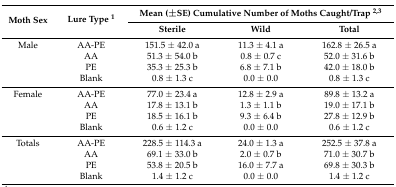
| <ROWSPAN=2> Moth Sex | <ROWSPAN=2> Lure Type 1 | <COLSPAN=3> Mean (±SE) Cumulative Number of Moths Caught/Trap 2,3 |
 | Sterile | Wild | Total |
 | --- | --- | --- | --- | --- |
 | Male | AA-PE | 151.5 ± 42.0 a | 11.3 ± 4.1 a | 162.8 ± 26.5 a |
 |  | AA | 51.3 ± 54.0 b | 0.8 ± 0.7 c | 52.0 ± 31.6 b |
 |  | PE | 35.3 ± 25.3 b | 6.8 ± 7.1 b | 42.0 ± 18.0 b |
 |  | Blank | 0.8 ± 1.3 c | 0.0 ± 0.0 | 0.8 ± 1.3 c |
 | Female | AA-PE | 77.0 ± 23.4 a | 12.8 ± 2.9 a | 89.8 ± 13.2 a |
 |  | AA | 17.8 ± 13.1 b | 1.3 ± 1.1 b | 19.0 ± 17.1 b |
 |  | PE | 18.5 ± 16.1 b | 9.3 ± 6.4 b | 27.8 ± 12.9 b |
 |  | Blank | 0.6 ± 1.2 c | 0.0 ± 0.0 | 0.6 ± 1.2 c |
 | Totals | AA-PE | 228.5 ± 114.3 a | 24.0 ± 1.3 a | 252.5 ± 37.8 a |
 |  | AA | 69.1 ± 33.0 b | 2.0 ± 0.7 b | 71.0 ± 30.7 b |
 |  | PE | 53.8 ± 20.5 b | 16.0 ± 7.7 a | 69.8 ± 30.3 b |
 |  | Blank | 1.4 ± 1.2 c | 0.0 ± 0.0 | 1.4 ± 1.2 c |